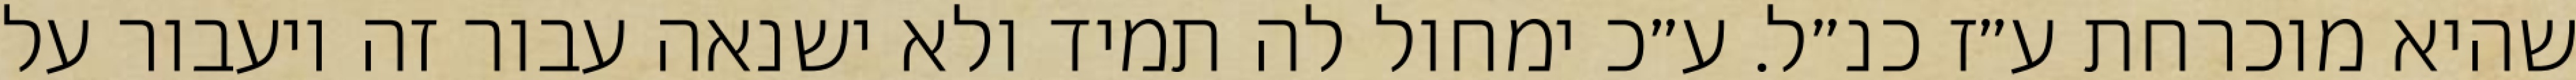
שהיא מוכרחת ע״ז כנ״ל. ע״כ ימחול לה תמיד ולא ישנאה עבור זה ויעבור על